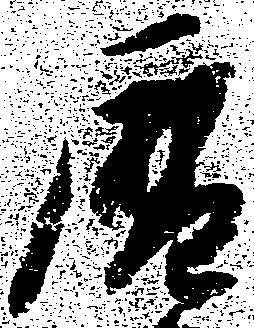
暦